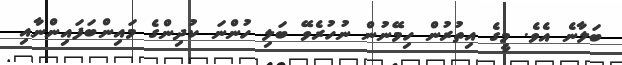
ބަލާނެ އެވެ. މީގެ އިތުރުން ހިމޭނުން ނުހުރެވޭ ބަލި ހުންނަ ކުދިންގެ މައިންބަފައިންނާއި